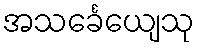
အသင်္ခေယျေသု